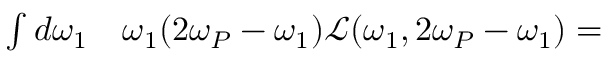
\begin{array} { r l } { \int d \omega _ { 1 } } & { { } \omega _ { 1 } ( 2 \omega _ { P } - \omega _ { 1 } ) \mathcal { L } ( \omega _ { 1 } , 2 \omega _ { P } - \omega _ { 1 } ) = } \end{array}